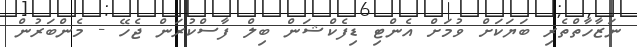
ނަޒާހާތްތެރި ބަޔަކަށް ވުމަށް އެންޓި ޑިފެކްޝަން ބިލް ފާސްކުރަން ޖެހޭ - މެންބަރުން